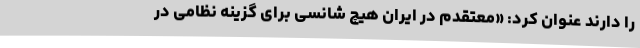
را دارند عنوان کرد: «معتقدم در ایران هیچ شانسی برای گزینه نظامی در